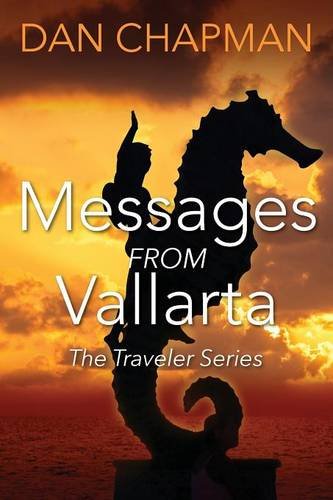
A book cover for Messages from Vallarta: The Traveler Series; Dan Chapman; Travel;